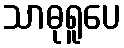
သာဓုရူပေ